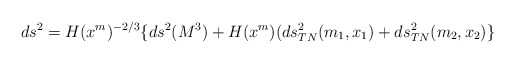
\begin{align*}ds^2 = H(x^m)^{-2/3} \lbrace ds^2(M^3) + H(x^m) (ds^2_{TN}(m_{1},x_{1}) + ds^2_{TN}(m_{2}, x_{2}) \rbrace\end{align*}